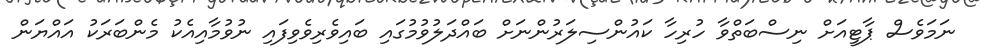
ނަމަވެސް ޕާޓީއަށް ނިސްބަތްވާ ހުރިހާ ކައުންސިލަރުންނަށް ބައްދަލުވުމުގައި ބައިވެރިވެވިފައި ނުވުމާއިއެކު މެންބަރަކު އައްޔަން